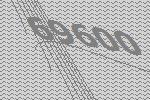
69600